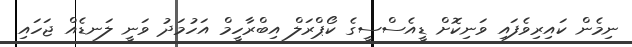
ނިމެން ކައިރިވެފައި ވަނިކޮށް ޑީއެސްސީގެ ކޯޕްރަލް އިބްރާހީމް އަހުމަދު ވަނީ ލަނޑެއް ޖަހައި